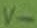
Text: V-